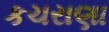
કચરાણા